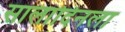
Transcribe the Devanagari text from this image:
सालादिनला